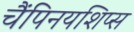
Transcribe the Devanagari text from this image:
चैंपिनयशिप्स